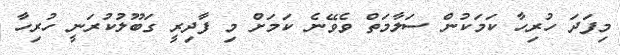
މިފަދަ ހުރިހާ ކަމަކުން ސަލާމަތް ވެވޭނެ ކަމަށް މި ފާދިރީ ގަބޫލުކުރަނީ ހުރިހާ